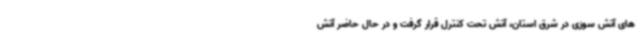
های آتش سوزی در شرق استان، آتش تحت کنترل قرار گرفت و در حال حاضر آتش